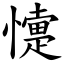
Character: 懥